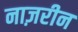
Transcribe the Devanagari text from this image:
नाज़रीन